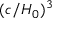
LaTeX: ( c / H _ { 0 } ) ^ { 3 }